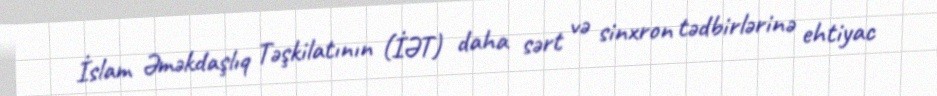
İslam Əməkdaşlıq Təşkilatının (İƏT) daha sərt və sinxron tədbirlərinə ehtiyac